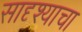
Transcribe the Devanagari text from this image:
सादृश्याचा